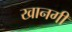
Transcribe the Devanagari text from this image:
खानगी